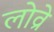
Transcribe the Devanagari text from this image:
लोव्रे